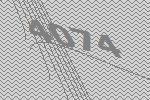
4074